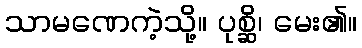
သာမဏေကဲ့သို့။ ပုစ္ဆိ၊ မေး၏။